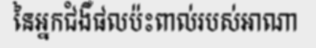
នៃអ្នកជំងឺផលប៉ះពាល់របស់អាណា